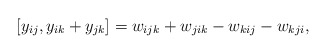
\begin{gather*}[y_{ij},y_{ik}+y_{jk}] = w_{ijk}+w_{jik}-w_{kij}-w_{kji} ,\end{gather*}